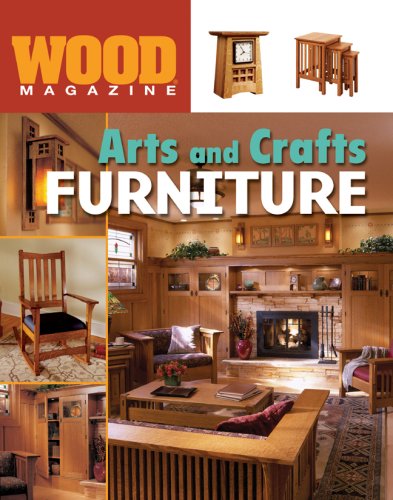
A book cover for WoodÂ® Magazine: Arts and Crafts Furniture (Wood Magazine); Crafts, Hobbies & Home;